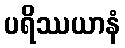
ပရိဿယာနံ